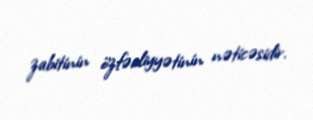
zabitinin özfəaliyyətinin nəticəsidir.